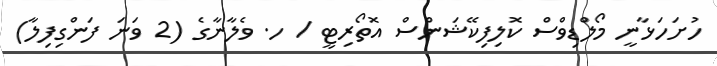
ހުށަހަޅާނީ މޯލްޑިވްސް ކޮލިފިކޭޝަންސް އޮތޯރިޓީ / ހ. ވެލާނާގެ (2 ވަނަ ފަންގިފިލާ)